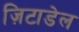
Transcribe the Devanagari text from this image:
ज़िटाडेल